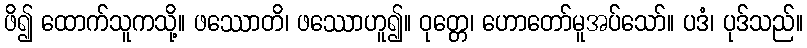
ဖိ၍ ထောက်သူကသို့။ ဖဿောတိ၊ ဖဿောဟူ၍။ ဝုတ္တေ၊ ဟောတော်မူအပ်သော်။ ပဒံ၊ ပုဒ်သည်။